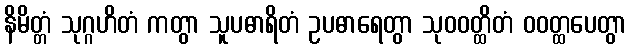
နိမိတ္တံ သုဂ္ဂဟိတံ ကတွာ သူပဓာရိတံ ဥပဓာရေတွာ သုဝဝတ္ထိတံ ဝဝတ္ထပေတွာ